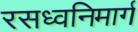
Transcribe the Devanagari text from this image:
रसध्वनिमार्ग